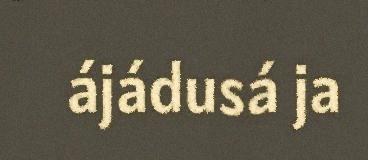
ájádusá ja